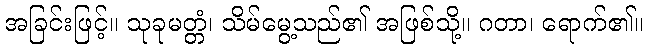
အခြင်းဖြင့်။ သုခုမတ္တံ၊ သိမ်မွေ့သည်၏ အဖြစ်သို့။ ဂတာ၊ ရောက်၏။